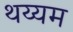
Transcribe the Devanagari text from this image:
थय्यम